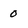
Character: 0